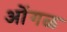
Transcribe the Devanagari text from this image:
ओंगळ